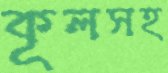
কূলসহ